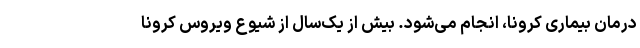
درمان بیماری کرونا، انجام می‌شود. بیش از یک‌سال از شیوع ویروس کرونا